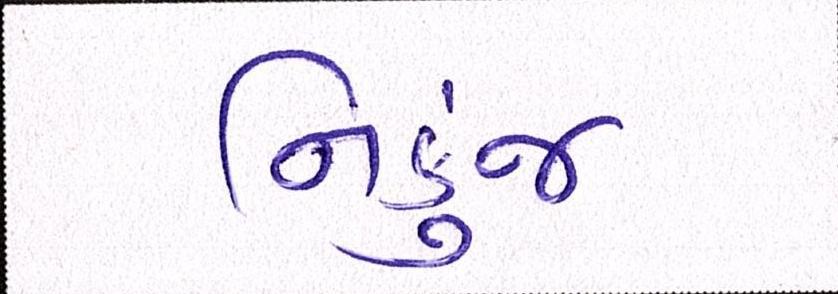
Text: નિકુંજ